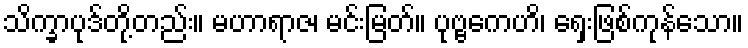
သိက္ခာပုဒ်တို့တည်း။ မဟာရာဇ၊ မင်းမြတ်။ ပုဗ္ဗကေဟိ၊ ရှေးဖြစ်ကုန်သော။